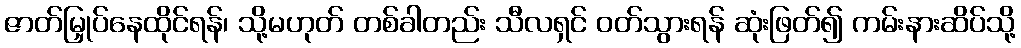
ဇာတ်မြှုပ်နေထိုင်ရန်၊ သို့မဟုတ် တစ်ခါတည်း သီလရှင် ဝတ်သွားရန် ဆုံးဖြတ်၍ ကမ်းနားဆိပ်သို့